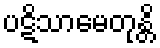
ပဋိသာမေတုန္တိ